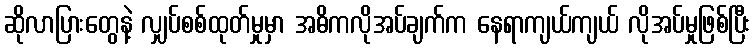
ဆိုလာပြားတွေနဲ့ လျှပ်စစ်ထုတ်မှုမှာ အဓိကလိုအပ်ချက်က နေရာကျယ်ကျယ် လိုအပ်မှုဖြစ်ပြီး